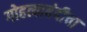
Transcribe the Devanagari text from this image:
गोहत्याबंदीचा